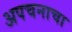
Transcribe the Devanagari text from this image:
अपचनाचा